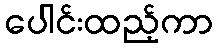
ပေါင်းထည့်ကာ